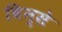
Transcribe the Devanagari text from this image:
विन्से